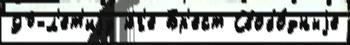
90-л'ет'иjу ю́г'е Бр'ест Свобо́дныjе